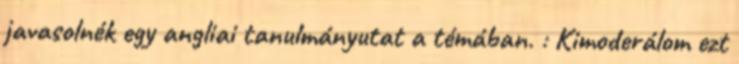
javasolnék egy angliai tanulmányutat a témában. : Kimoderálom ezt